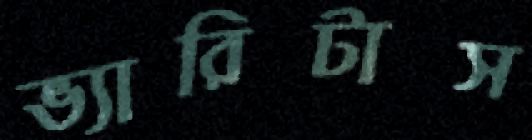
ভ্যারিটাস